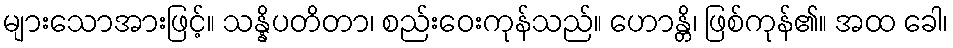
များသောအားဖြင့်။ သန္နိပတိတာ၊ စည်းဝေးကုန်သည်။ ဟောန္တိ၊ ဖြစ်ကုန်၏။ အထ ခေါ၊